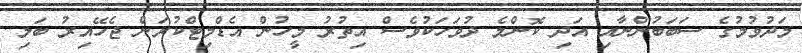
މަދުވުމުގެ ސަބަބުންނާއި އަދި ކޮންމެ ދުވަހަކުވެސް އިތުރު މީހުން އެޑްމިޓްކުރަން ޖެހޭއިރު ބަލި